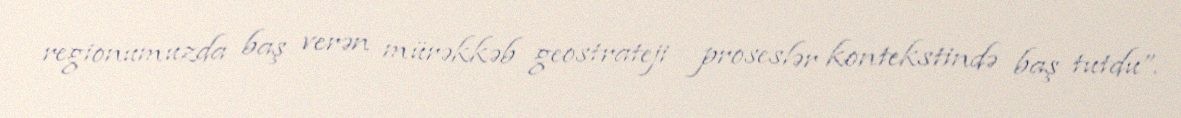
regionumuzda baş verən mürəkkəb geostrateji proseslər kontekstində baş tutdu”.